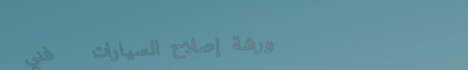
ورشة إصلاح السيارات   فني